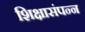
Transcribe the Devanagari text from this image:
शिक्षासंपन्न